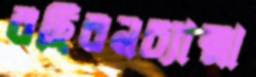
বছিরনচ্যান্সা